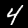
Label: 4